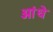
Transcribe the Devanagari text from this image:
ओंधे